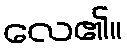
လေ၏။